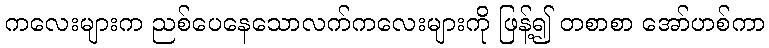
ကလေးများက ညစ်ပေနေသောလက်ကလေးများကို ဖြန့်၍ တစာစာ အော်ဟစ်ကာ